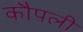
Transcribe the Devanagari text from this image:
कौपली